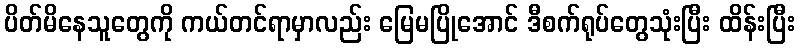
ပိတ်မိနေသူတွေကို ကယ်တင်ရာမှာလည်း မြေမပြိုအောင် ဒီစက်ရုပ်တွေသုံးပြီး ထိန်းပြီး